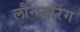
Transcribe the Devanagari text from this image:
लौनडरिंग